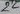
Text: 22